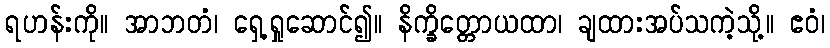
ရဟန်းကို။ အာဘတံ၊ ရှေ့ရှုဆောင်၍။ နိက္ခိတ္တောယထာ၊ ချထားအပ်သကဲ့သို့။ ဧဝံ၊